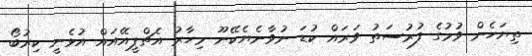
ތިޔަހެން ވުމުގެ ފުރުސަތު ވަރައް ކުޑަ ނުވާނެޔެކޭނޫ މިހާރު އެޗްޕީއޭއައް އުޅެނީ ކިރުބޯ